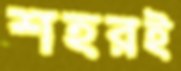
শহরই